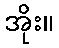
အိုး။